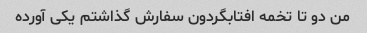
من دو تا تخمه افتابگردون سفارش گذاشتم یکی آورده